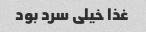
غذا خیلی سرد بود